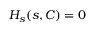
H _ { s } ( s , C ) = 0